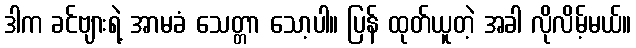
ဒါက ခင်ဗျားရဲ့ အာမခံ သေတ္တာ သော့ပါ။ ပြန် ထုတ်ယူတဲ့ အခါ လိုလိမ့်မယ်။